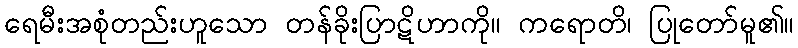
ရေမီးအစုံတည်းဟူသော တန်ခိုးပြာဋိဟာကို။ ကရောတိ၊ ပြုတော်မူ၏။